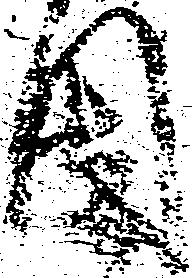
固